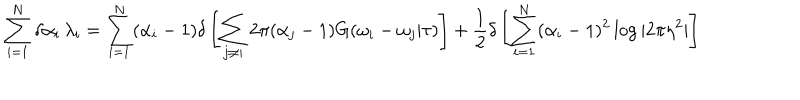
LaTeX: \sum _ { i = 1 } ^ { N } \delta \alpha _ { i } \, \lambda _ { i } = \sum _ { i = 1 } ^ { N } ( \alpha _ { i } - 1 ) \delta \left[ \sum _ { j \neq i } 2 \pi ( \alpha _ { j } - 1 ) G ( \omega _ { i } - \omega _ { j } | \tau ) \right] + \frac { 1 } { 2 } \delta \left[ \sum _ { i = 1 } ^ { N } ( \alpha _ { i } - 1 ) ^ { 2 } \log | 2 \pi \eta ^ { 2 } | \right]